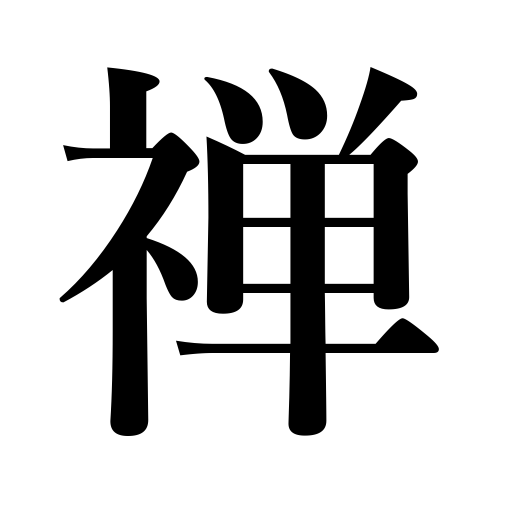
Meanings: Buddhist sect originating in the twelfth century,silent meditation